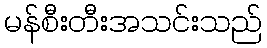
မန်စီးတီးအသင်းသည်